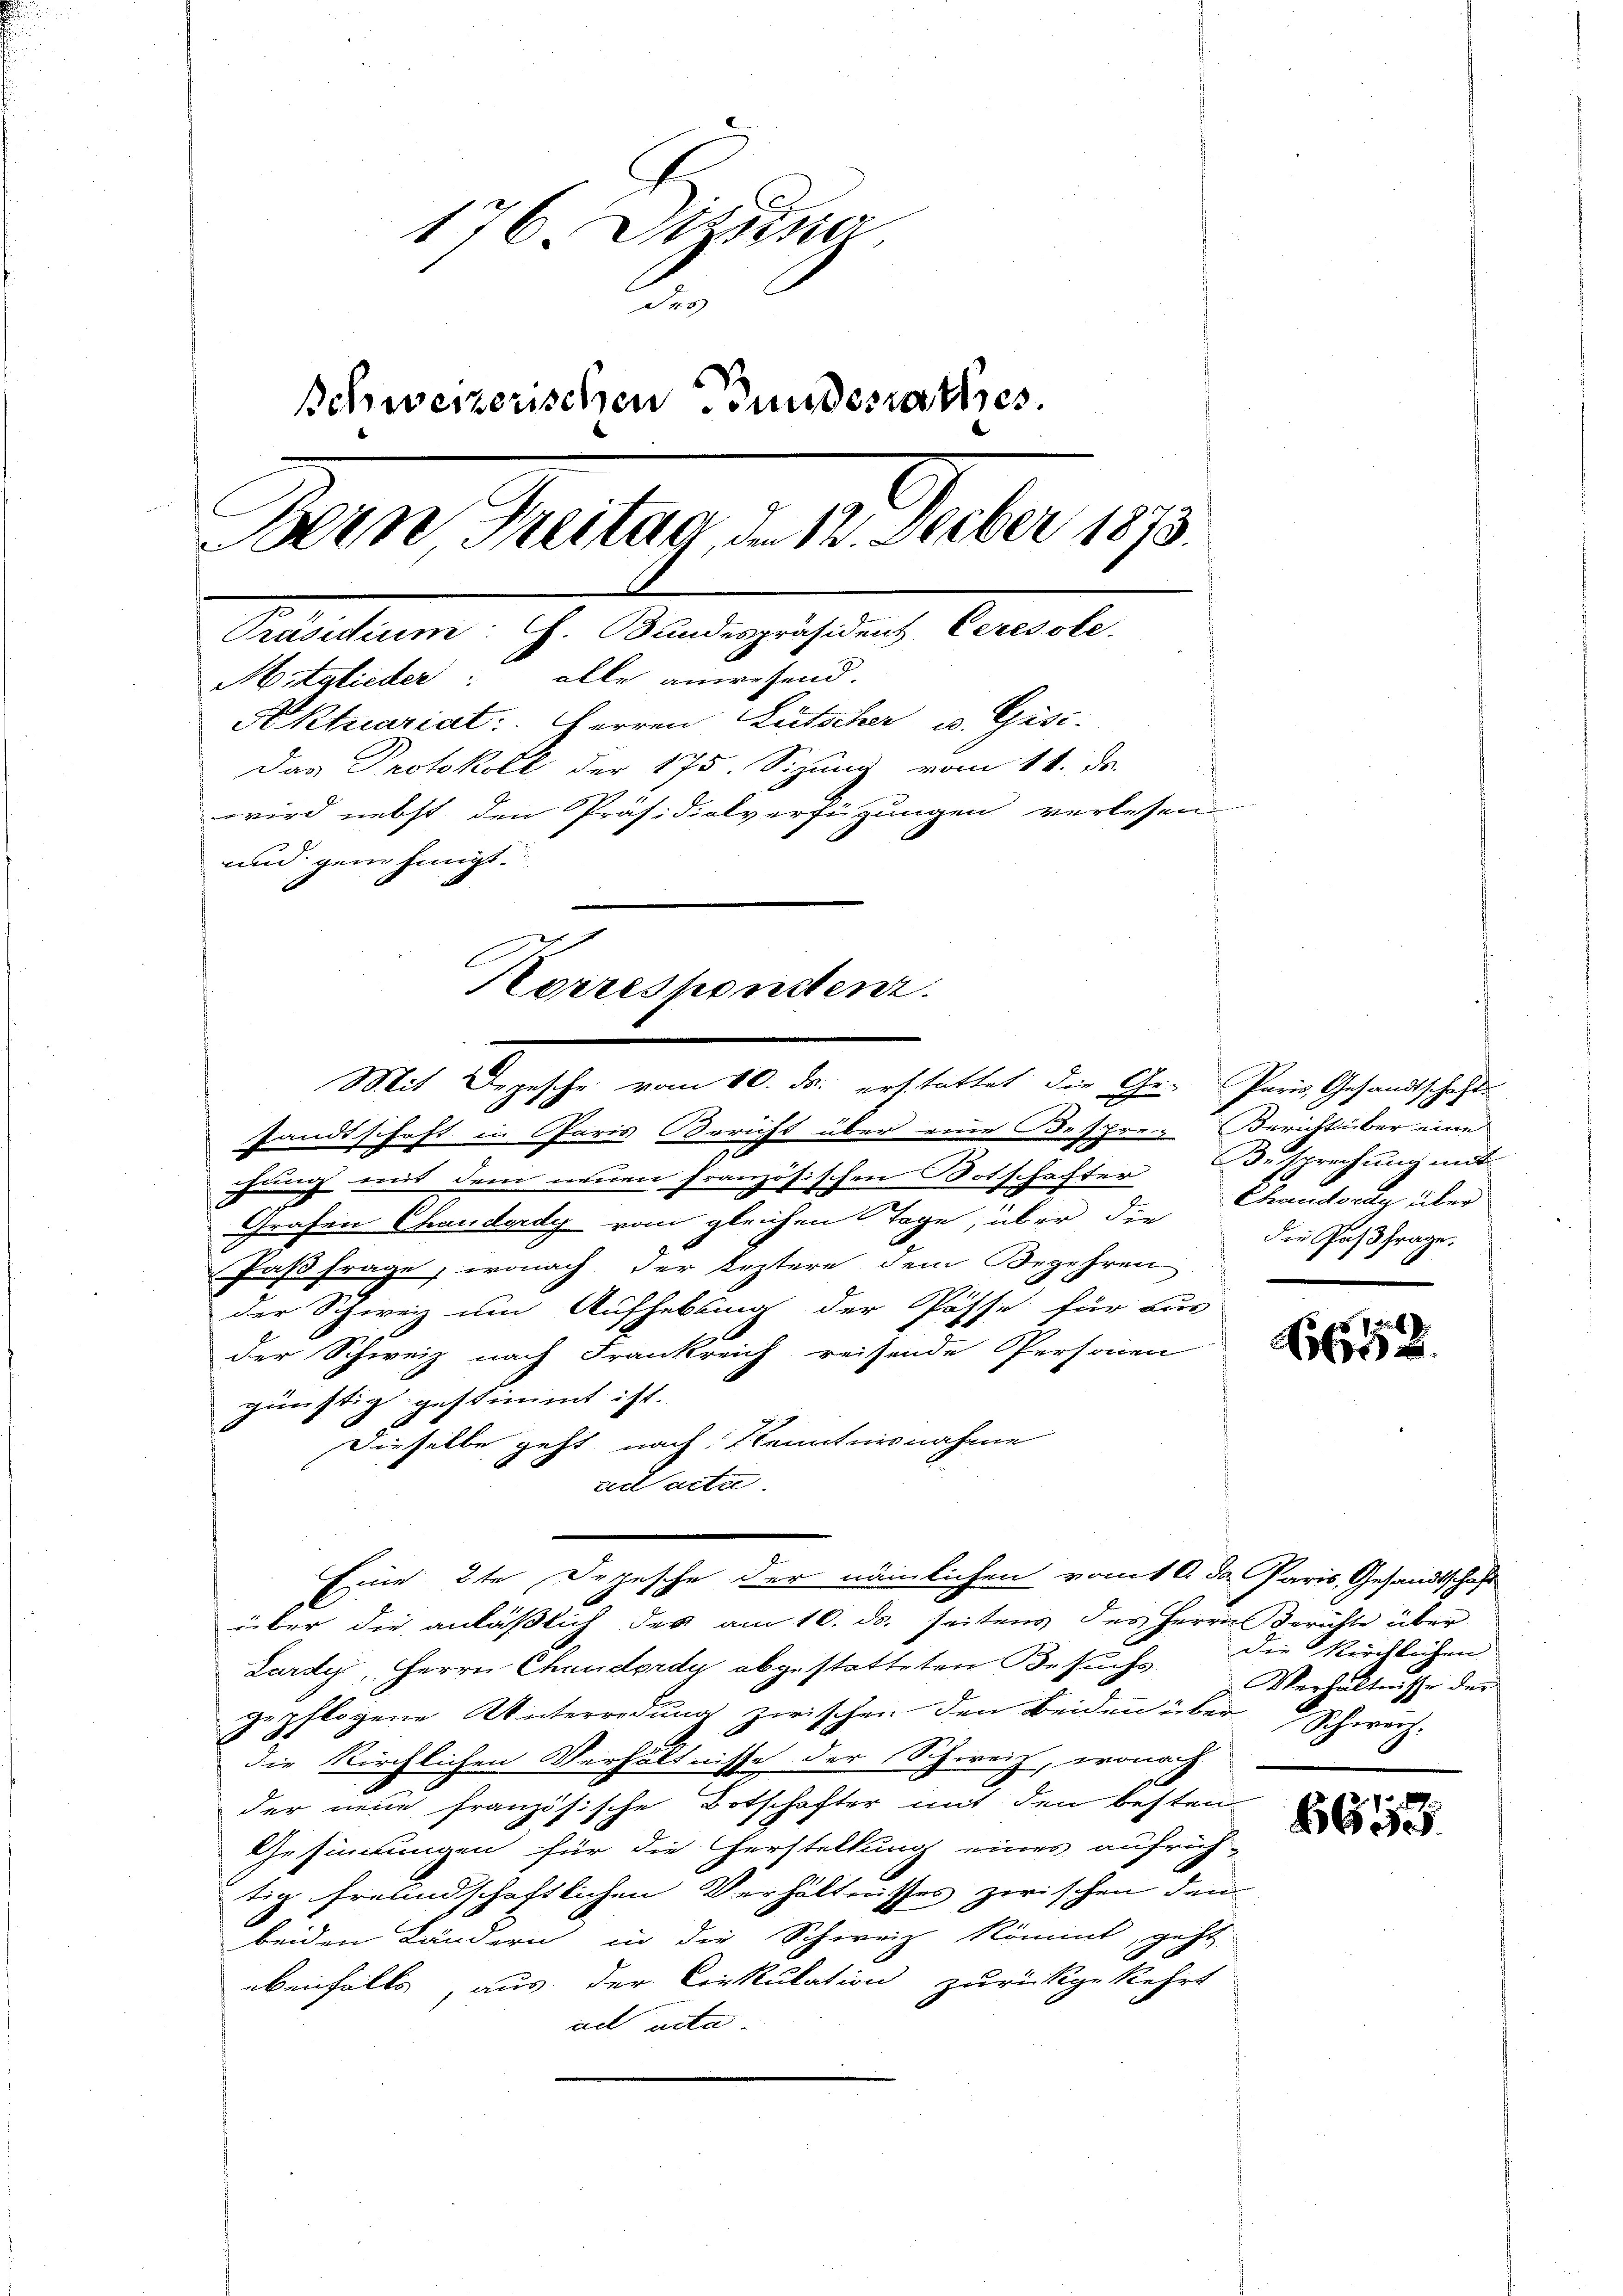
176 Dizung.
des
Schweizerischen Bundesrathes.
Den Plan, 21. Feber 189
Präsidium: G. Bundespräsident Ceresole
Mitglieder: alle anwesend.
Aktuariat: Herren Rutscher u. Gisi-
Das Protokoll der 175. Sizung vom 14. de
wird nebst den Präsidialverfügungen verlesen
und genehmigt.

sandtschaft in Paris Bericht über eine Bespre-Bericht über eine
chung mit dem neuen Französischen Totschafter Besprechung mit
Grafen Chauderdy vom gleichen Tage, über die
Paß frage, wonach der Ärztere dem Begehren
der Schweiz um Aufhebung der Pässe für aus
der Schweiz nach Frankreich reisende Personen
günstig gestimmt ist.
Dieselbe geht nach Kenntnisnahme
d acta.
über die anläßlich des am 10. ds. seitens des Herrn Berichte über
Lardy, Herrn Chauderdy abgestatteten Besuchs
gepflogene Unterredung zwischen den beiden über Schwarz-
die Kirchlichen Verhältnisse der Schweiz, wonach
der neue französische Botschafter mit den besten
Gesinnungen für die Herstellung eines aufrich-
tig freundschaftlichen Verhältnisses zwischen den
f
beiden Ländern in die Schweiz kömmt, geht
ebenfalls aus der Cirkulation zurückgekehrt
ad acta

Korresponstenz.
Mit derathe vom 20. der anstaltet der ihrer Genossenschten

Eine 2te Depesche der nämlichen vom 6. ds. Paris, Gesandtschaft

Grandsrag über
die Gasfrage.

615

die Kirchlichen.
Verhältnisse der

6653.